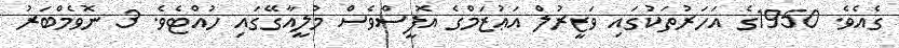
ގެއެވެ. 1950ގެ އަހަރުތަކުގައި ވަޒީރުލް އަޢުޒަމްގެ އޮފީސްވެސް މުލީއާގޭގައި ހުއްޓެވެ. 3 ނޮވެމްބަރު